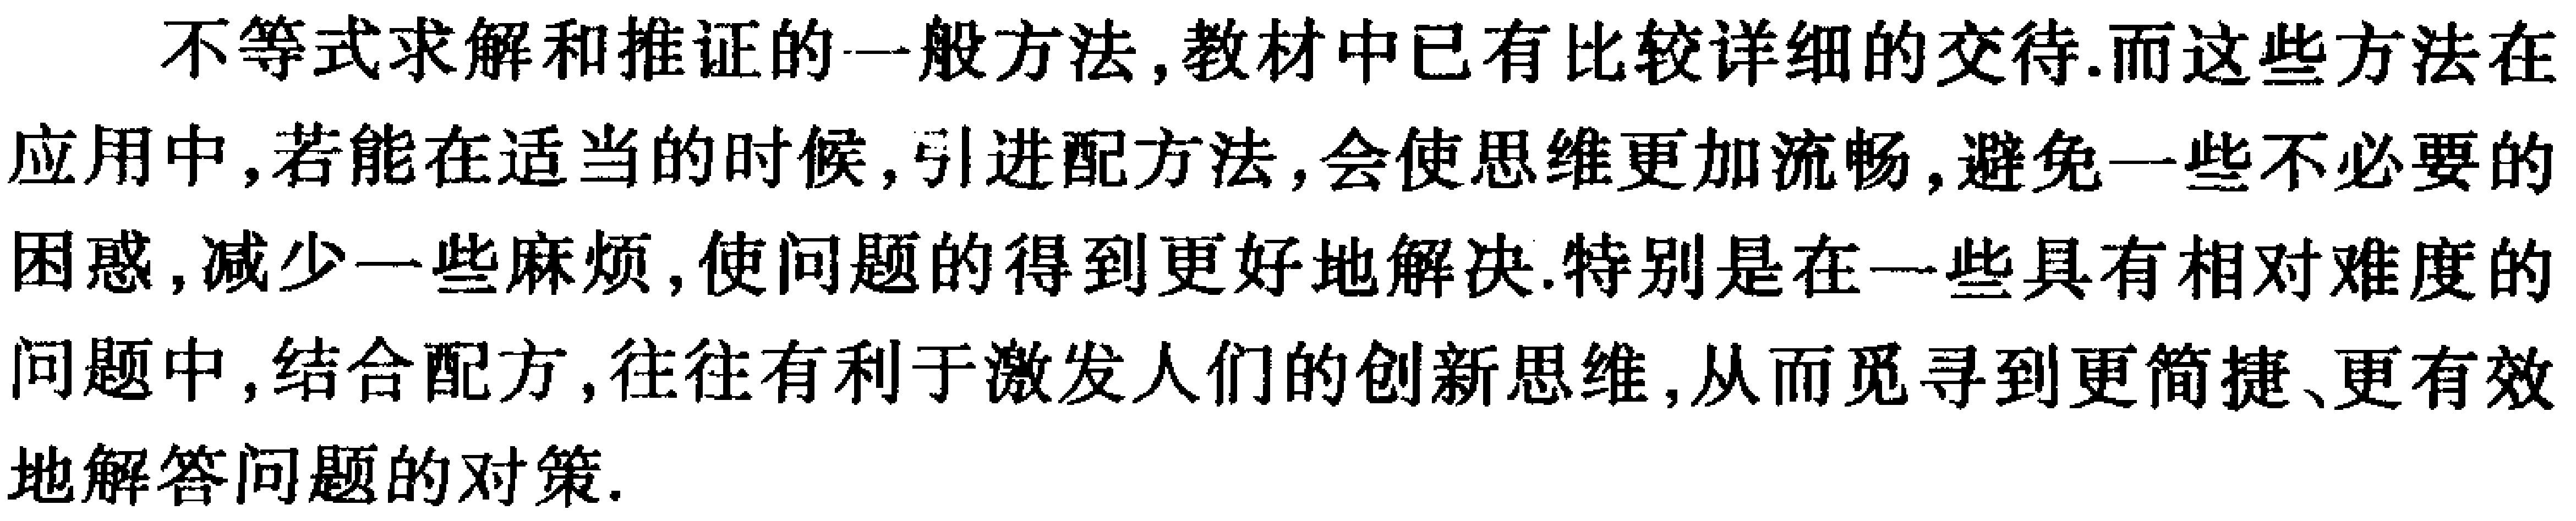
不等式求解和推证的一般方法,教材中已有比较详细的交待.而这些方法在应用中,若能在适当的时候,引进配方方法,会使思维更加流畅,避免一些不必要的困惑,减少一些麻烦,使问题的得到更好地解决.特别是在一些具有相对难度的问题中,结合配方,往往有利于激发人们的创新思维,从而觅寻到更简捷、更有效地解答问题的对策.